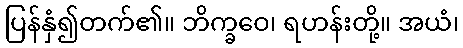
ပြန်နှံ၍တက်၏။ ဘိက္ခဝေ၊ ရဟန်းတို့။ အယံ၊